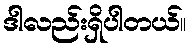
ဒါလည်းရှိပါတယ်။